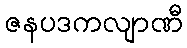
ဇနပဒကလျာဏီ